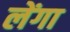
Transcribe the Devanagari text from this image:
लेंगा